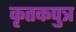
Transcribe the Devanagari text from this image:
कृतकपुत्र